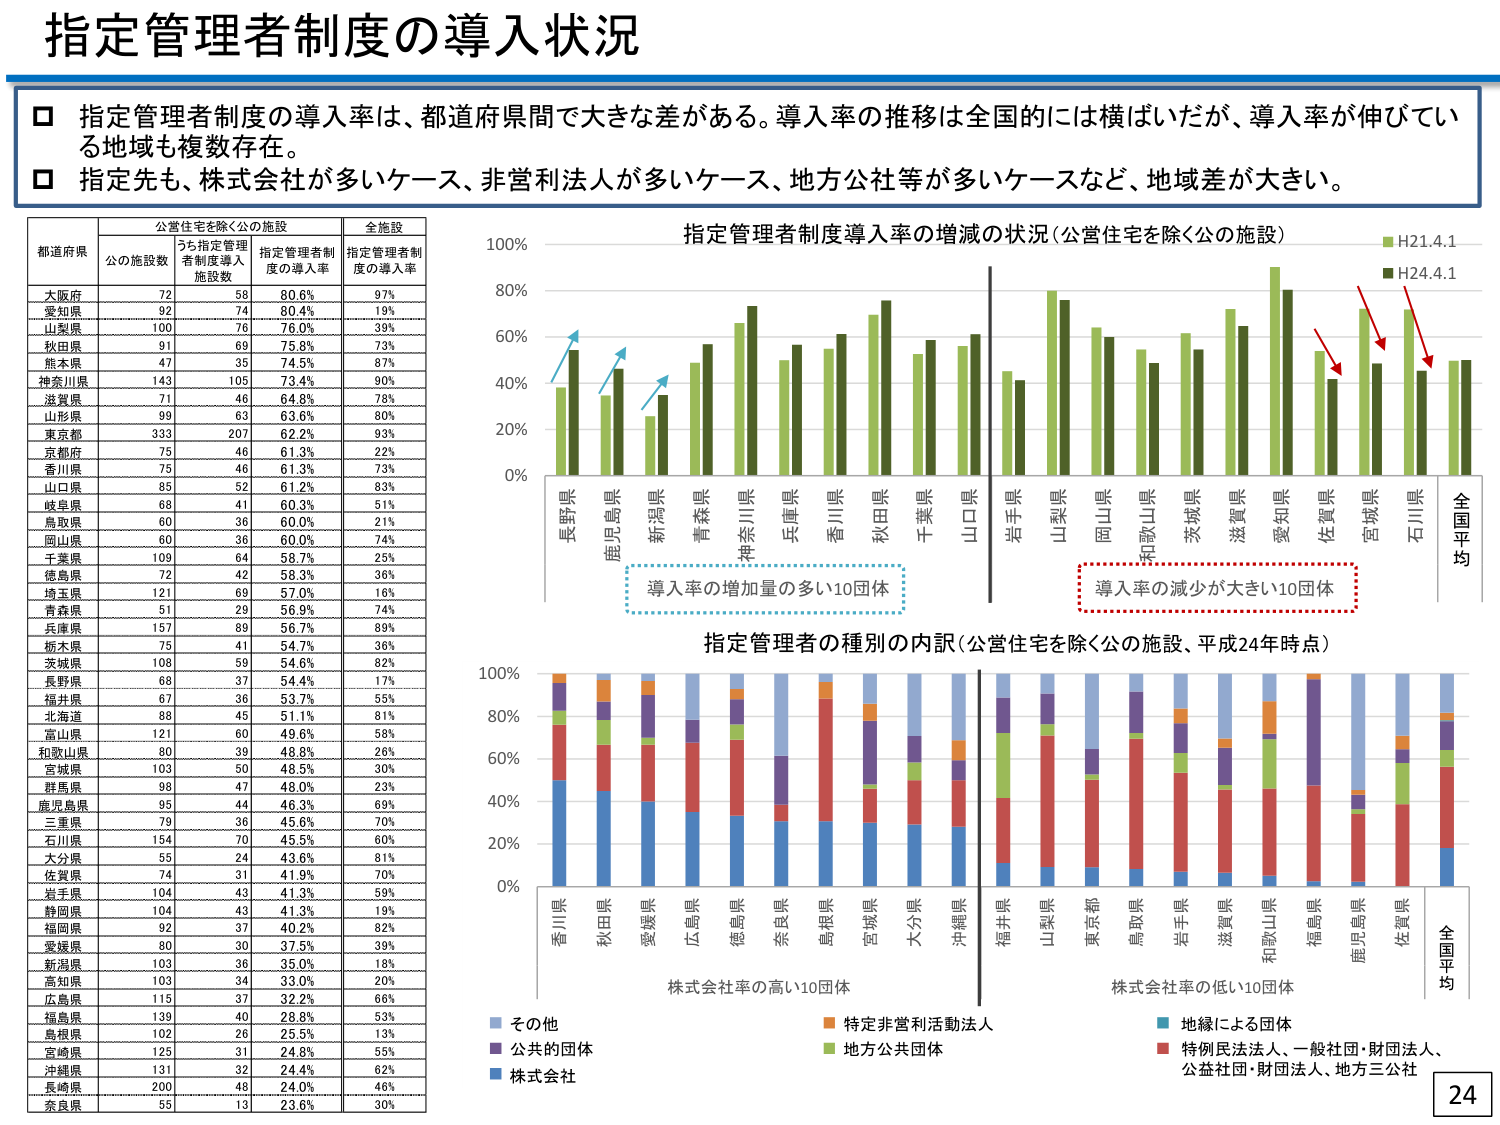
指定管理者制度の導入状況

□ 指定管理者制度の導入率は、都道府県間で大きな差がある。導入率の推移は全国的には横ばいだが、導入率が伸びている地域も複数存在。
□ 指定先も、株式会社が多いケース、非営利法人が多いケース、地方公社等が多いケースなど、地域差が大きい。

公営住宅を除く公の施設
全施設
都道府県
公の施設数
うち指定管理者制度導入施設数
指定管理者制度の導入率
指定管理者制度の導入率

大阪府
72
58
80.6%
97%
愛知県
92
74
80.4%
19%
山梨県
100
76
76.0%
39%
秋田県
91
69
75.8%
73%
熊本県
47
35
74.5%
87%
神奈川県
143
105
73.4%
90%
滋賀県
71
46
64.8%
78%
山形県
99
63
63.6%
80%
東京都
333
207
62.2%
93%
京都府
75
46
61.3%
22%
香川県
75
46
61.3%
73%
山口県
85
52
61.2%
83%
岐阜県
68
41
60.3%
51%
鳥取県
60
36
60.0%
21%
岡山県
60
36
60.0%
74%
千葉県
109
64
58.7%
25%
徳島県
72
42
58.3%
36%
埼玉県
121
69
57.0%
16%
青森県
51
29
56.9%
74%
兵庫県
157
89
56.7%
89%
栃木県
75
41
54.7%
36%
茨城県
108
59
54.6%
82%
長野県
68
37
54.4%
17%
福井県
67
36
53.7%
55%
北海道
88
45
51.1%
81%
富山県
121
60
49.6%
58%
和歌山県
80
39
48.8%
26%
宮城県
103
50
48.5%
30%
群馬県
98
47
48.0%
23%
鹿児島県
95
44
46.3%
69%
三重県
79
36
45.6%
70%
石川県
154
70
45.5%
60%
大分県
55
24
43.6%
81%
佐賀県
74
31
41.9%
70%
岩手県
104
43
41.3%
59%
静岡県
104
43
41.3%
19%
福岡県
92
37
40.2%
82%
愛媛県
80
30
37.5%
39%
新潟県
103
36
35.0%
18%
高知県
103
34
33.0%
20%
広島県
115
37
32.2%
66%
福島県
139
40
28.8%
53%
島根県
102
26
25.5%
13%
宮崎県
125
31
24.8%
55%
沖縄県
131
32
24.4%
62%
長崎県
200
48
24.0%
46%
奈良県
55
13
23.6%
30%

指定管理者制度導入率の増減の状況（公営住宅を除く公の施設）
H21.4.1
H24.4.1

導入率の増加量の多い10団体
導入率の減少が大きい10団体
全国平均

指定管理者の種別の内訳（公営住宅を除く公の施設、平成24年時点）

その他
特定非営利活動法人
地縁による団体
公共の団体
地方公共団体
株式会社
特別民法法人、一般社団・財団法人、公益社団・財団法人、地方三公社

株式会社率の高い10団体
株式会社率の低い10団体
全国平均

24